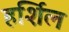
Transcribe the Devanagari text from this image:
हर्शिल